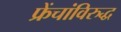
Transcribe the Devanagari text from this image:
फ्रेंचांविरुद्ध